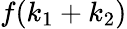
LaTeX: f(k_{1}+k_{2})